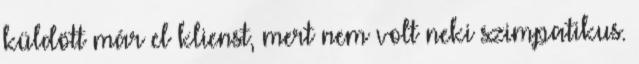
küldött már el klienst, mert nem volt neki szimpatikus.